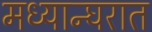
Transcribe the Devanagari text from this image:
मध्यान्घरात